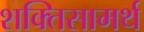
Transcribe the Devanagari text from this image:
शक्तिसामर्थ